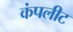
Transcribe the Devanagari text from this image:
कंपलीट